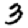
Digit: 3